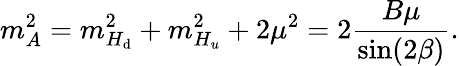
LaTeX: m_{A}^{2}=m_{H_{\mathrm{d}}}^{2}+m_{H_{u}}^{2}+2\mu^{2}=2{\frac{{B\mu}}{{\sin(2\beta)}}}.